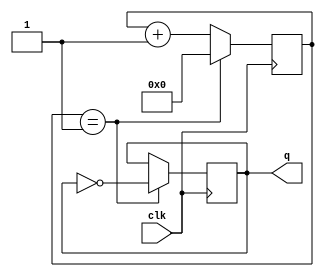
`timescale 1ns / 1ps
//////////////////////////////////////////////////////////////////////////////////
// Company: 
// Engineer: 
// 
// Design Name: 
// Module Name: frequency_divider
// Project Name: 
// Target Devices: 
// Tool Versions: 
// Description: 
// 
// Dependencies: 
// 
// Revision:
// Revision 0.01 - File Created
// Additional Comments:
// 
//////////////////////////////////////////////////////////////////////////////////


module frequency_divider(
    input clk,
    output reg [3:0] q
    );
    reg [3:0]counter;
    always@(posedge clk)begin
        if(counter == 4'b0001)begin
            q<=~q;
            counter <=4'b0000;
        end else begin
            counter <= counter+1;//frekasni ikiye bolduk mesela esit esit 2 deseydik 3 e bolmus olurduk
        end
    end
endmodule